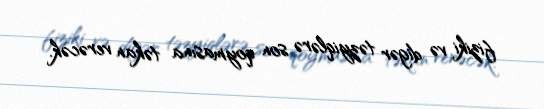
fiziki və digər təzyiqlərə son qoymasına təkan verəcək.